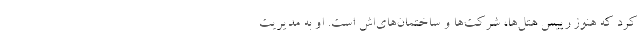
کرد که هنوز رییس هتل‌ها، شرکت‌ها و ساختمان‌های‌اش است. او به مدیریت